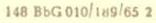
148 BbG010/189/65 2